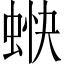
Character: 𧋿